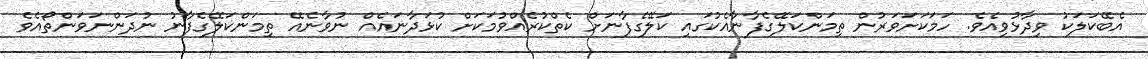
އެބޭކަލަކު ވިދާޅުވިއެވެ. ހަމަކަށަވަރުން ތިމަންކަލޭގެފާނާއެކުގައި ކަލޭގެފާާނަށް ކެތްކުރެއްވުމަކަށް ކުޅަދާނައެއް ނުވާނެއޭ ތިމަންކަލޭގެފާނު ނުދަންނަވަންތޯއެވެ